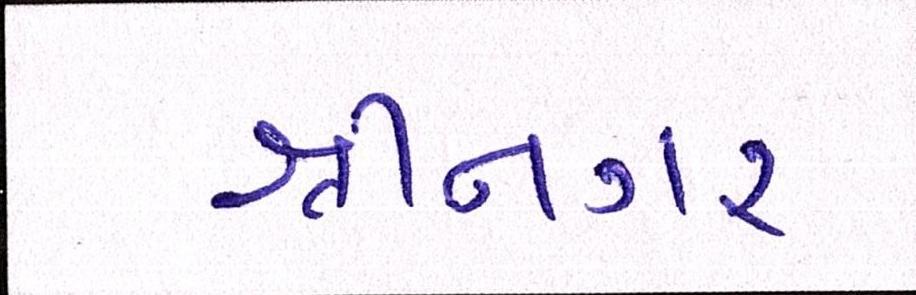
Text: શ્રીનગર